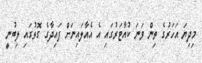
މިދިޔަ އަހަރުގެ ތިން ވަނަ ކުއާޓަރުގައި އެ އެއާލައިނަށް ފައިދާގެ ގޮތުގައި ލިބުނީ